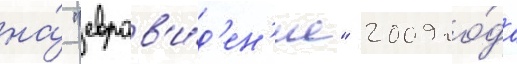
на́ "евров'и́д'ен'ие" 2009 го́да